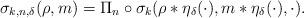
LaTeX: \begin{align*}\sigma_{k,n,\delta}(\rho,m) = \Pi_{n} \circ \sigma_{k}(\rho * \eta_{\delta}(\cdot), m * \eta_{\delta}(\cdot),\cdot).\end{align*}